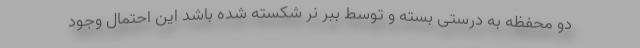
دو محفظه به درستی بسته و توسط ببر نر شکسته شده باشد این احتمال وجود